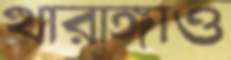
থারাঙ্গাও